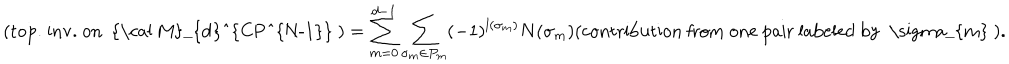
( \mathrm { t o p . ~ i n v . ~ o n ~ { \cal ~ M } _ { d } ^ { C P ^ { N - 1 } } ~ } ) = \sum _ { m = 0 } ^ { d - 1 } \sum _ { \sigma _ { m } \in P _ { m } } ( - 1 ) ^ { l ( \sigma _ { m } ) } N ( \sigma _ { m } ) ( \mathrm { c o n t r i b u t i o n ~ f r o m ~ o n e ~ p a i r ~ l a b e l e d ~ b y ~ \ s i g m a _ { m } ~ } ) .